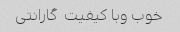
خوب وبا کیفیت  گارانتی